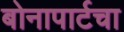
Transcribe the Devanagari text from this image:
बोनापार्टचा